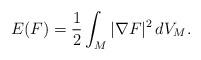
LaTeX: \begin{align*} E(F)=\frac{1}{2}\int_M |\nabla F|^2\,dV_M.\end{align*}